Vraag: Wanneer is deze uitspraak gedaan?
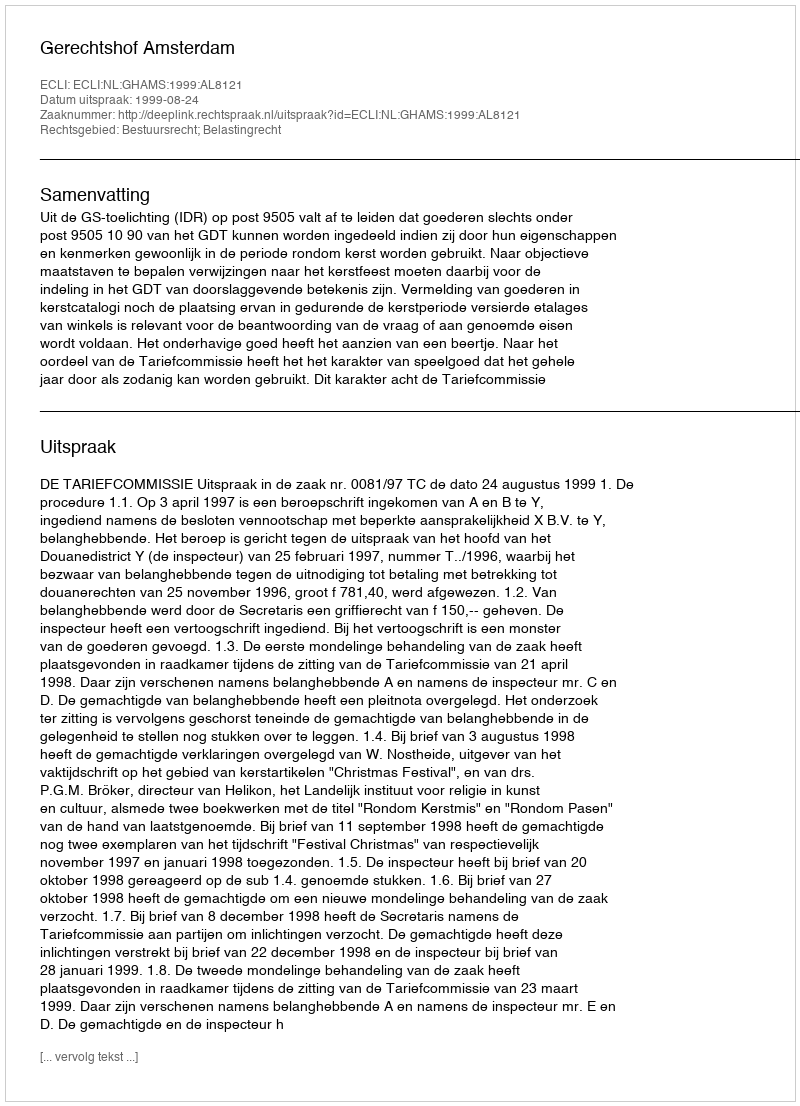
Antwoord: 1999-08-24